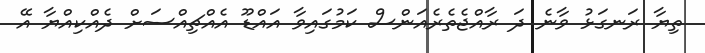
ތިޔާ ރަނގަޅު ވާނެ ދަ ރާއްޖެތެރެއަންސް ކަމުގައިވާ އައްޑޫ އެއްޗިއްސަށް ދެއްކިއްޔާ އޭ